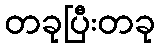
တခုပြီးတခု